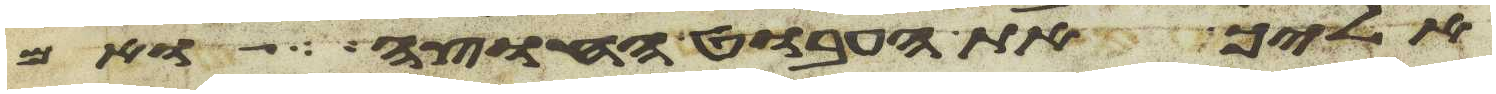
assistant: אליך את העבוט החוצה ואם